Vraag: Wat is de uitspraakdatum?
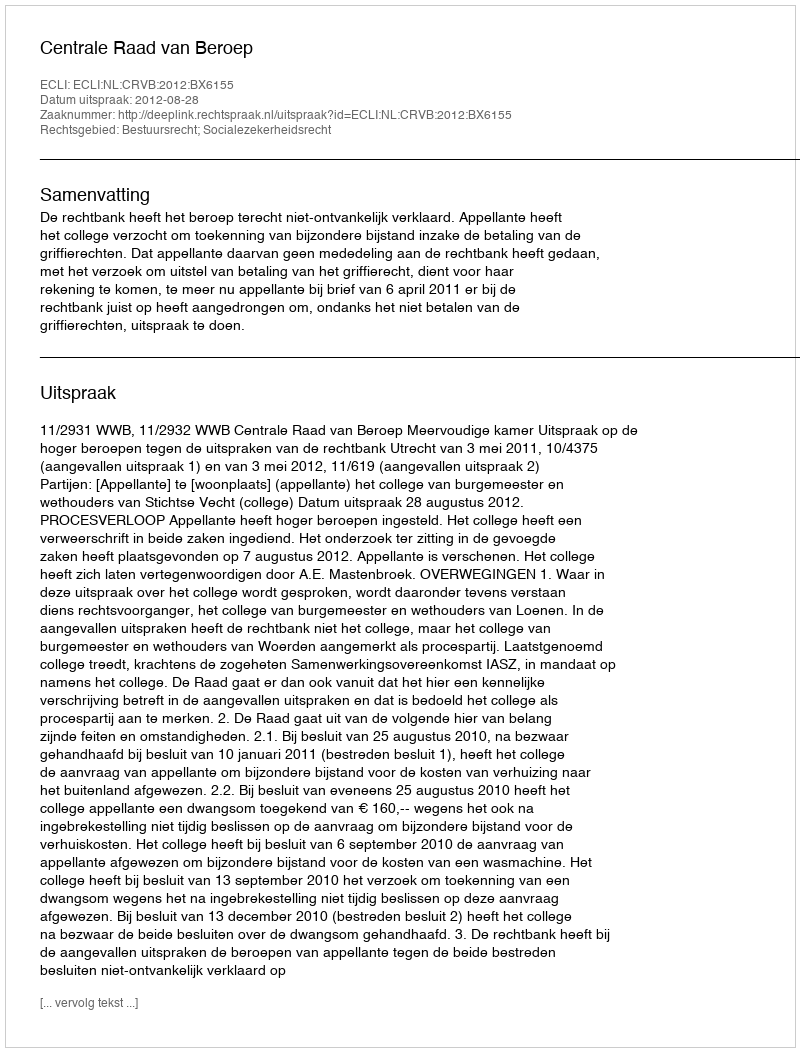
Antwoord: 2012-08-28